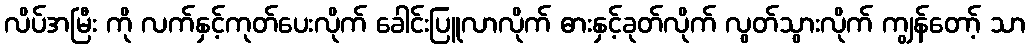
လိပ်အမြီး ကို လက်နှင့်ကုတ်ပေးလိုက် ခေါင်းပြူလာလိုက် ဓားနှင့်ခုတ်လိုက် လွတ်သွားလိုက် ကျွန်တော့် သာ